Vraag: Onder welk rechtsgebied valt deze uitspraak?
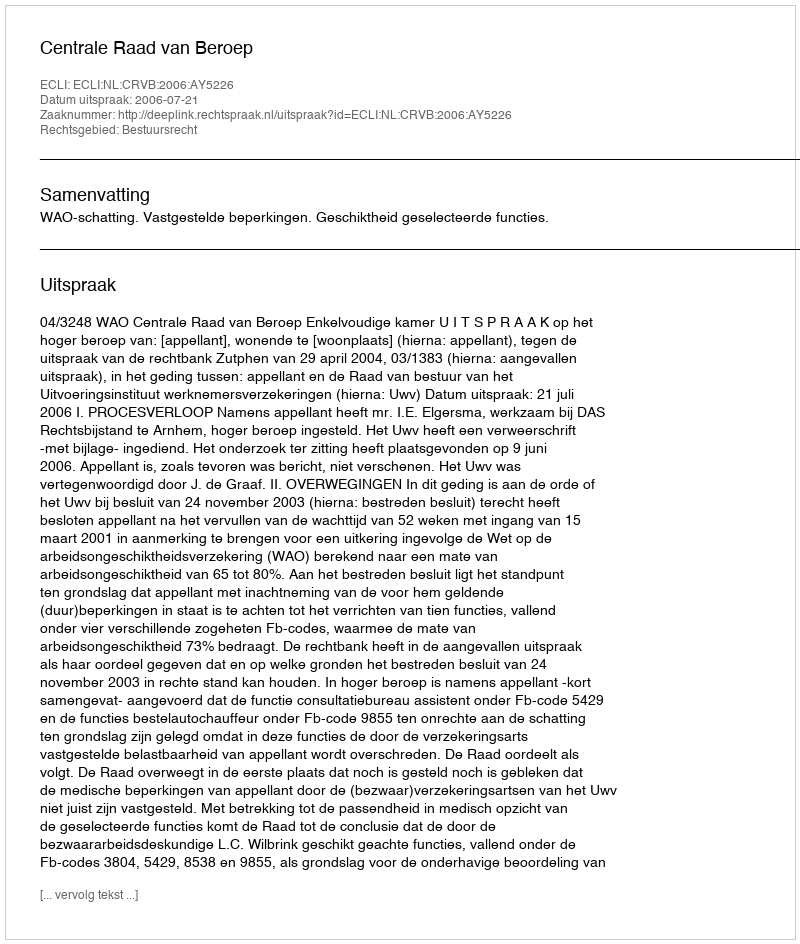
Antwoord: Bestuursrecht